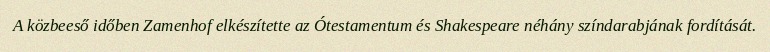
A közbeeső időben Zamenhof elkészítette az Ótestamentum és Shakespeare néhány színdarabjának fordítását.